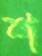
শ